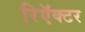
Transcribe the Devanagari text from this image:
रिऍक्टर